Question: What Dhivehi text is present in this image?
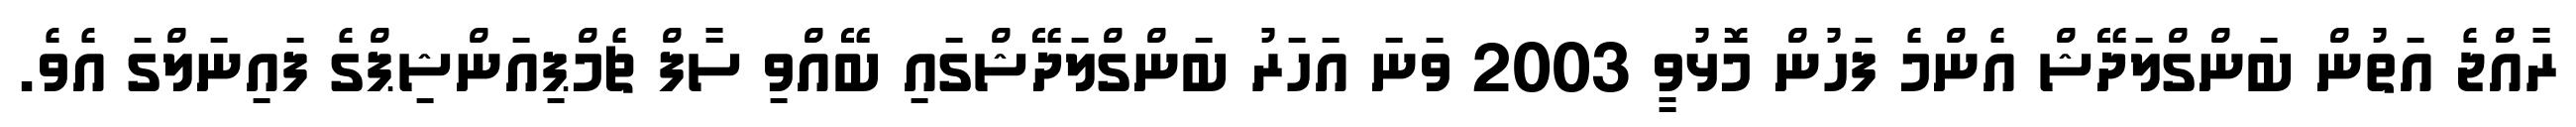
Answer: ރާއްޖެ އަތުން ބަންގްލަދޭޝް އެންމެ ފަހުން މޮޅުވީ 2003 ވަނަ އަހަރު ބަންގްލަދޭޝްގައި ބޭއްވި ސާފް ޗެމްޕިއަންޝިޕްގެ ފައިނަލްގަ އެވެ.